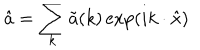
\hat { a } = \sum _ { k } \tilde { a } ( k ) \exp ( i k \cdot \hat { x } )